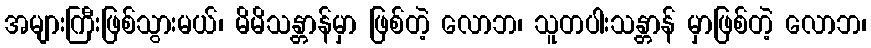
အများကြီးဖြစ်သွားမယ်၊ မိမိသန္တာန်မှာ ဖြစ်တဲ့ လောဘ၊ သူတပါးသန္တာန် မှာဖြစ်တဲ့ လောဘ၊